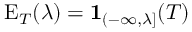
\operatorname { E } _ { T } ( \lambda ) = \mathbf { 1 } _ { ( - \infty , \lambda ] } ( T )